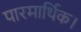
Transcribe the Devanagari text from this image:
पारमार्थिक।